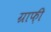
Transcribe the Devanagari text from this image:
ग्राफ़ी